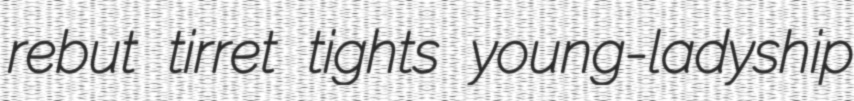
rebut tirret tights young-ladyship